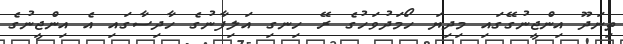
ތިނަދޫ އިންޖީނުގޭގައި މިދިޔަ ހޯމަދުވަހުގެ ރޭ ހިނގި އަލިފާނުގެ ހާދިސާގައި އެ އިންޖީނުގެ